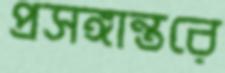
প্রসঙ্গান্তরে